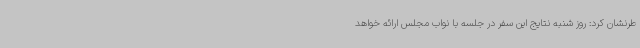
طرنشان کرد: روز شنبه نتایج این سفر در جلسه با نواب مجلس ارائه خواهد